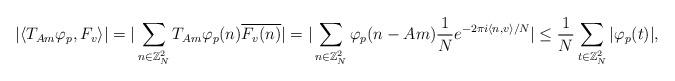
LaTeX: \begin{align*} |\langle{T_{Am} \varphi_p, F_{v}}\rangle| &= |\sum_{n \in {\mathbb{Z}}^2_N}T_{Am} \varphi_p(n)\overline{F_{v}(n)}| = |\sum_{n \in {\mathbb{Z}}^2_N}\varphi_p(n-Am)\frac{1}{N}e^{-2\pi i \langle{n,v}\rangle/N}| \leq \frac{1}{N}\sum_{t \in {\mathbb{Z}}^2_N}|\varphi_p(t)|, \end{align*}